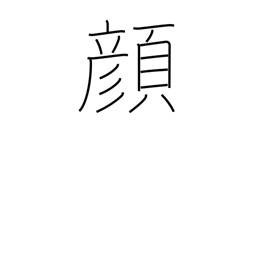
Meaning: expression